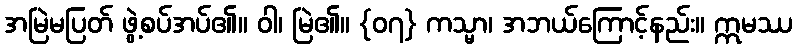
အမြဲမပြတ် ဖွဲ့စပ်အပ်၏။ ဝါ၊ မြဲ၏။ {၀၇} ကသ္မာ၊ အဘယ်ကြောင့်နည်း။ ဣမဿ